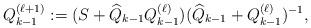
LaTeX: \begin{align*}{Q}_{k-1}^{(\ell+1)}&:={(S+\widehat{Q}_{k-1}{Q}_{k-1}^{(\ell)})}{(\widehat{Q}_{k-1}+{Q}_{k-1}^{(\ell)})^{-1}},\end{align*}